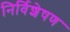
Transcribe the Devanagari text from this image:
निर्विशेषण